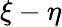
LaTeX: \xi-\eta